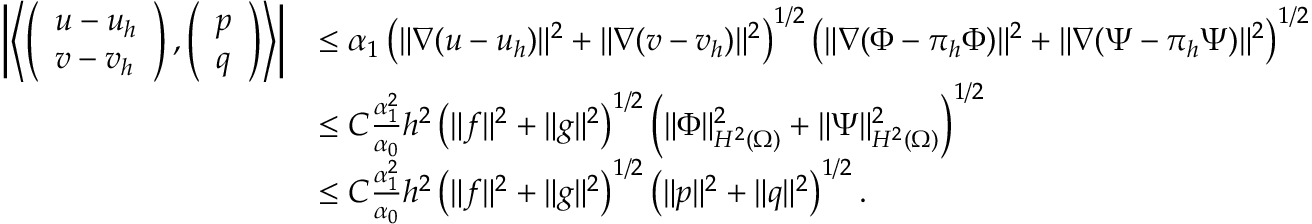
\begin{array} { r l } { \left\vert \left\langle \left( \begin{array} { l } { u - u _ { h } } \\ { v - v _ { h } } \end{array} \right) , \left( \begin{array} { l } { p } \\ { q } \end{array} \right) \right\rangle \right\vert } & { \le \alpha _ { 1 } \left( \| \nabla ( u - u _ { h } ) \| ^ { 2 } + \| \nabla ( v - v _ { h } ) \| ^ { 2 } \right) ^ { 1 / 2 } \left( \| \nabla ( \Phi - \pi _ { h } \Phi ) \| ^ { 2 } + \| \nabla ( \Psi - \pi _ { h } \Psi ) \| ^ { 2 } \right) ^ { 1 / 2 } } \\ & { \le C \frac { \alpha _ { 1 } ^ { 2 } } { \alpha _ { 0 } } h ^ { 2 } \left( \| f \| ^ { 2 } + \| g \| ^ { 2 } \right) ^ { 1 / 2 } \left( \| \Phi \| _ { H ^ { 2 } ( \Omega ) } ^ { 2 } + \| \Psi \| _ { H ^ { 2 } ( \Omega ) } ^ { 2 } \right) ^ { 1 / 2 } } \\ & { \le C \frac { \alpha _ { 1 } ^ { 2 } } { \alpha _ { 0 } } h ^ { 2 } \left( \| f \| ^ { 2 } + \| g \| ^ { 2 } \right) ^ { 1 / 2 } \left( \| p \| ^ { 2 } + \| q \| ^ { 2 } \right) ^ { 1 / 2 } . } \end{array}